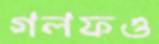
গলফও